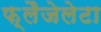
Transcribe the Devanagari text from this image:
फ़्लैजेलेटा